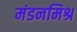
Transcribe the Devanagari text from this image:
मंडनमिश्र